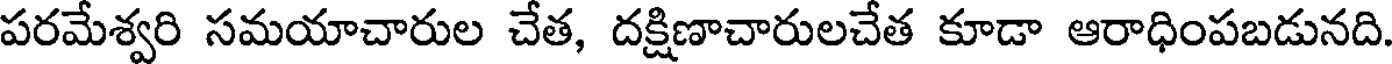
పరమేశ్వరి సమయాచారుల చేత, దక్షిణాచారులచేత కూడా ఆరాధింపబడునది